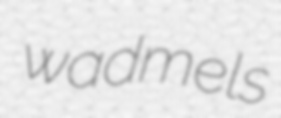
wadmels